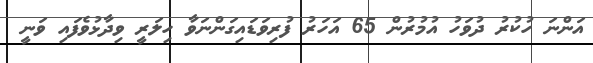
އަންނަ ހުކުރު ދުވަހު އުމުރުން 65 އަހަރު ފުރިވަޑައިގަންނަވާ ހިލަރީ ވިދާޅުވެފައި ވަނީ